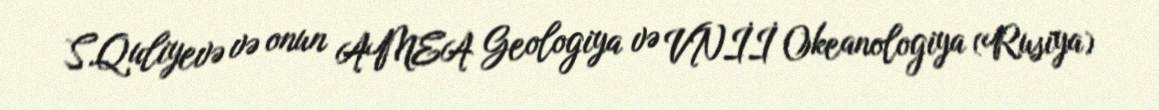
S.Quliyevə və onun AMEA Geologiya və VNİİ Okeanologiya (Rusiya)